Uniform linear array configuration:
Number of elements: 8
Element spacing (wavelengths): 0.5
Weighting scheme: hann
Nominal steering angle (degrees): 15
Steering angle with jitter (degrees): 15.006
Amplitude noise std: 0.05
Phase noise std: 0.05

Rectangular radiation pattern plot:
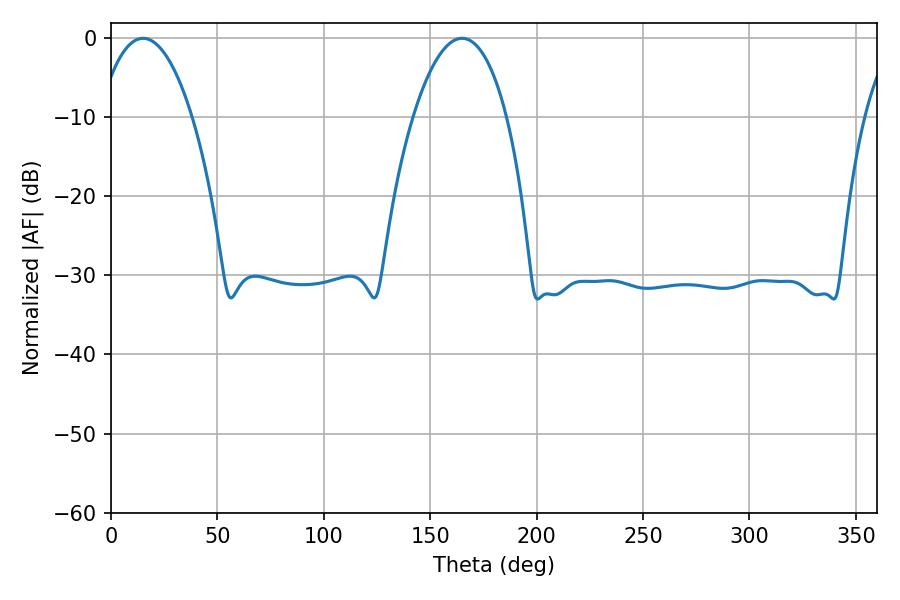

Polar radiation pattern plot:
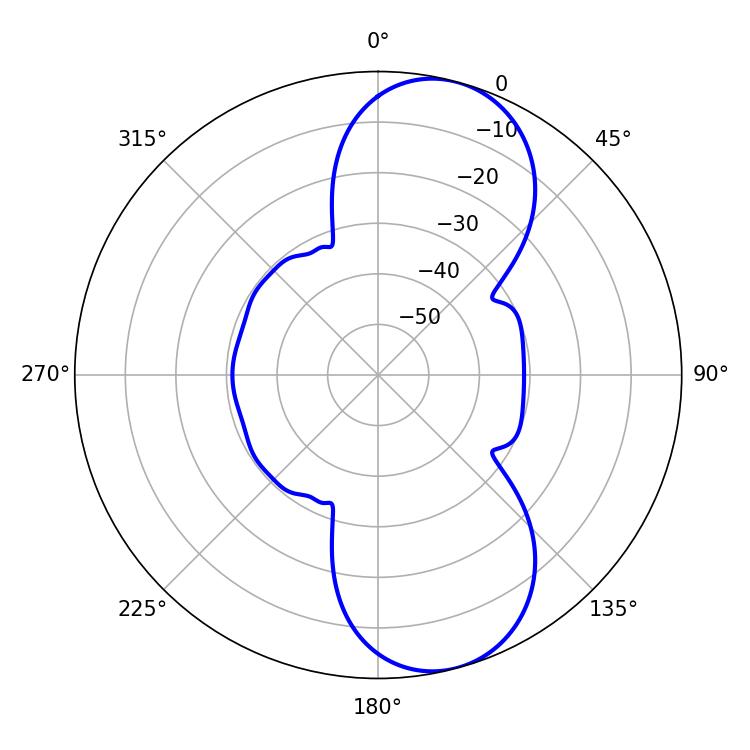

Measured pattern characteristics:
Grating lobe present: FALSE
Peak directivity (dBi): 9.178
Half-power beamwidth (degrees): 24.66
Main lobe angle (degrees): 15.12